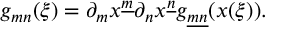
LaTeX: g _ { m n } ( \xi ) = \partial _ { m } x ^ { \underline { { m } } } \partial _ { n } x ^ { \underline { { n } } } g _ { \underline { { { m n } } } } ( x ( \xi ) ) .